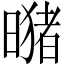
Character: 𪱂